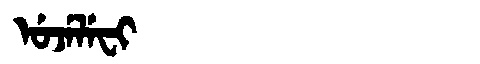
Manchu: ᡠᠵᡝᠯᡝᠸᡳ
Romanization: UJELEFI